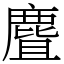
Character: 麆